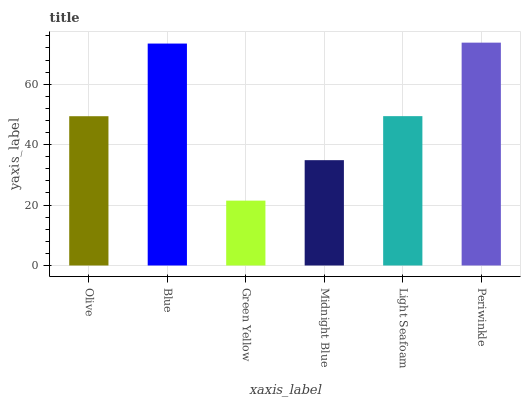
| xaxis_label | bars |
 | --- | --- |
 | Olive | 49.4 |
 | Blue | 73.5 |
 | Green Yellow | 21.5 |
 | Midnight Blue | 34.9 |
 | Light Seafoam | 49.4 |
 | Periwinkle | 73.8 |